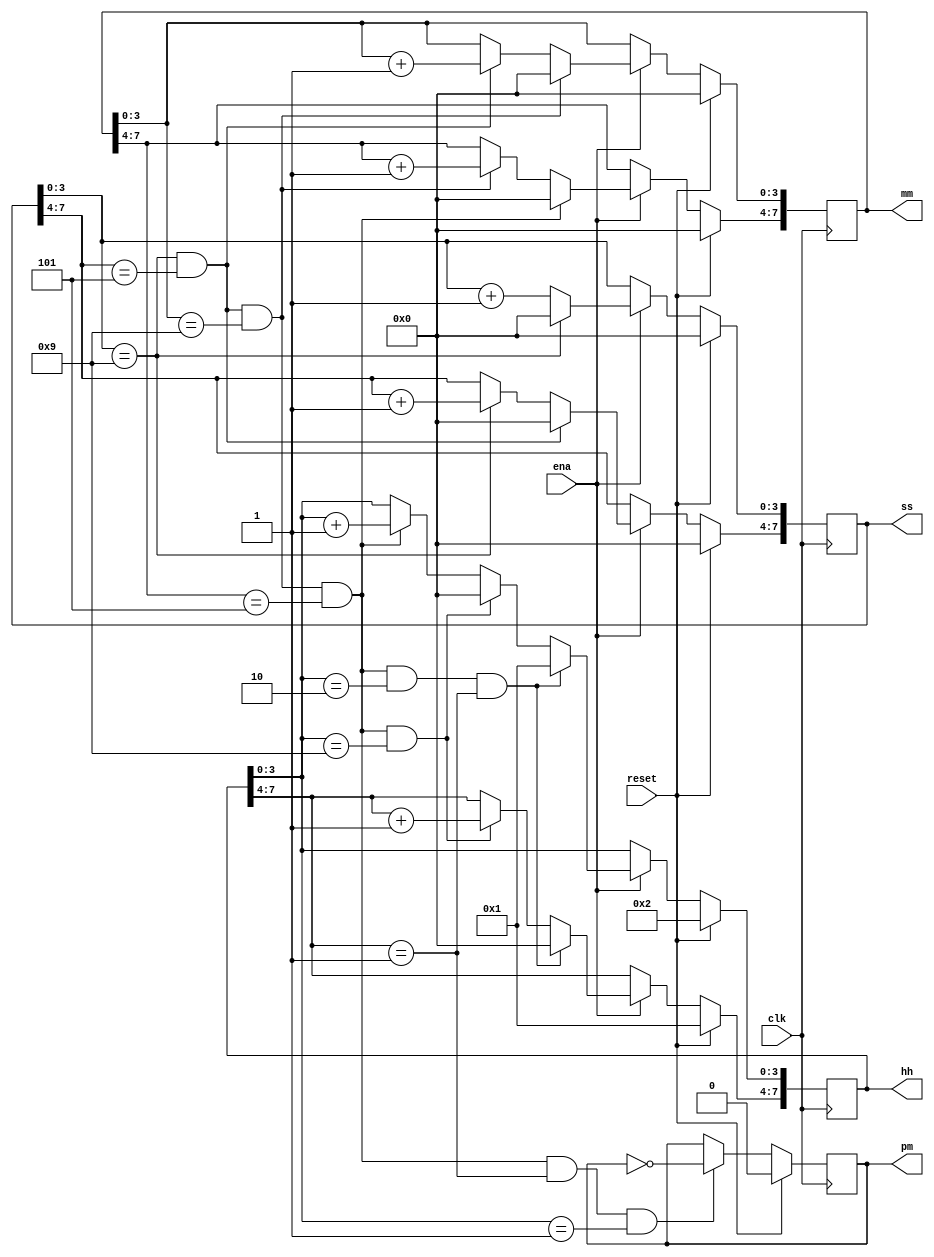
module top_module(
    input clk,
    input reset,
    input ena,
    output pm,
    output [7:0] hh,
    output [7:0] mm,
    output [7:0] ss); 
    always @(posedge clk)
 begin
       /////   for ss ////// This block will create second count
        if (reset) ss <=8'd0 ; else if (ena) begin
        if (ss[3:0]==9) ss[3:0]<=0; else ss[3:0]<=ss[3:0] + 1'd1;
            if (ss[3:0]==9 && ss[7:4]==5) ss[7:4]<=0; else if (ss[3:0]==9) ss[7:4] <= ss[7:4]+1'd1;
        end
        ///// for mm //// This block with create minute count
        if (reset) mm <=8'd0 ; else if (ena) begin
            if (ss[3:0]==9 && ss[7:4]==5 && mm[3:0]==9) mm[3:0]<=0; 
            else if(ss[3:0]==9 && ss[7:4]==5) mm[3:0]<=mm[3:0] + 1'd1;
            if (ss[3:0]==9 && ss[7:4]==5 && mm[3:0]==9 && mm[7:4]==5) mm [7:4]<=0; 
            else if (ss[3:0]==9 && ss[7:4]==5 && mm[3:0]==9 ) mm[7:4] <= mm[7:4]+1'd1;
        end
            /// for hh //// This block with create hour Count
            if (reset) {hh[7:4],hh[3:0]} <= {4'd1 ,4'd2} ; else if (ena) begin
                if (ss[3:0]==9 && ss[7:4]==5 && mm[3:0]==9 && mm[7:4]==5 && hh[3:0]==9 ) hh[3:0]<=0; 
            else if (ss[3:0]==9 && ss[7:4]==5 && mm[3:0]==9 && mm[7:4]==5 ) hh[3:0] <= hh[3:0]+1'd1;
                if(ss[3:0]==9 && ss[7:4]==5 && mm[3:0]==9 && mm[7:4]==5 && hh[3:0]==2 && hh[7:4]==1) {hh[7:4],hh[3:0]}<= {4'd0,4'd1}; ///// here when hh=12 next value of hh=01.
            else if (ss[3:0]==9 && ss[7:4]==5 && mm[3:0]==9 && mm[7:4]==5 && hh[3:0]==9 ) hh[7:4]<= hh[7:4]+1'd1;
        end
        //// This block will be use to create AM/PM .
        if (reset) pm <= 0;
        else if(ss[3:0]==9 && ss[7:4]==5 && mm[3:0]==9 && mm[7:4]==5 && hh[7:4]==1 && hh[3:0]==1) pm<=~pm;     
 end  
                  
endmodule